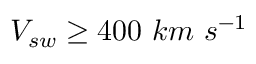
V _ { s w } \geq 4 0 0 ~ k m ~ s ^ { - 1 }